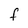
Character: f